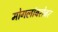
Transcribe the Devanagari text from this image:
मोगलांबरोबर